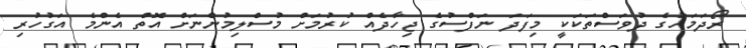
ރޯދަމަހުގެ ދުވަސްތަކަކީ މިފަދަ ނަފްސުގެ ޖިހާދެއް ކުރުމަށް މުސްލިމުންނަށް އޮތް އެންމެ އަގުހުރި